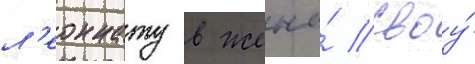
л'еоннату в жены́ своу́